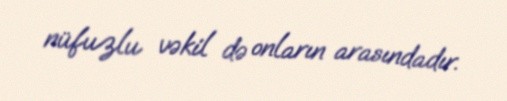
nüfuzlu vəkil də onların arasındadır.